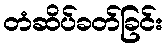
တံဆိပ်ခတ်ခြင်း